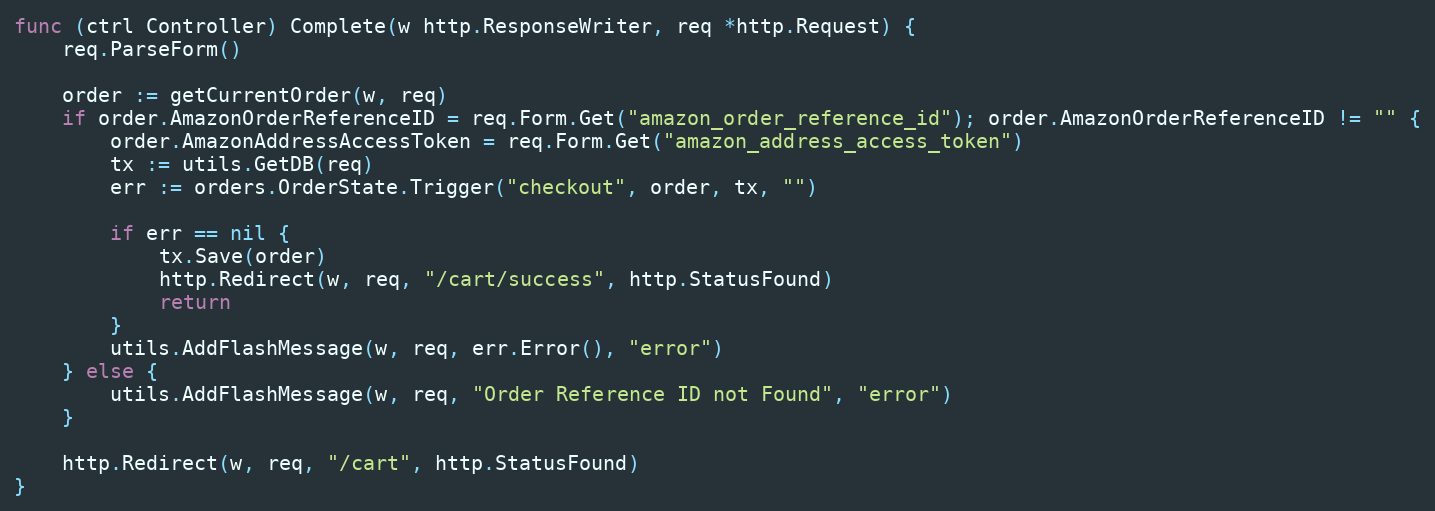
Language: Go
func (ctrl Controller) Complete(w http.ResponseWriter, req *http.Request) {
	req.ParseForm()

	order := getCurrentOrder(w, req)
	if order.AmazonOrderReferenceID = req.Form.Get("amazon_order_reference_id"); order.AmazonOrderReferenceID != "" {
		order.AmazonAddressAccessToken = req.Form.Get("amazon_address_access_token")
		tx := utils.GetDB(req)
		err := orders.OrderState.Trigger("checkout", order, tx, "")

		if err == nil {
			tx.Save(order)
			http.Redirect(w, req, "/cart/success", http.StatusFound)
			return
		}
		utils.AddFlashMessage(w, req, err.Error(), "error")
	} else {
		utils.AddFlashMessage(w, req, "Order Reference ID not Found", "error")
	}

	http.Redirect(w, req, "/cart", http.StatusFound)
}